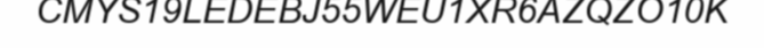
CMYS19LEDEBJ55WEU1XR6AZQZO10K